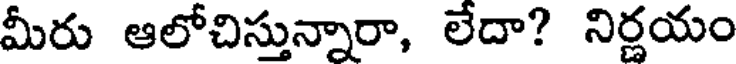
మీరు ఆలోచిస్తున్నారా, లేదా? నిర్ణయం